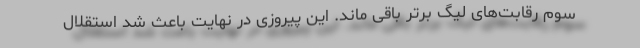
سوم رقابت‌های لیگ برتر باقی ماند. این پیروزی در نهایت باعث شد استقلال